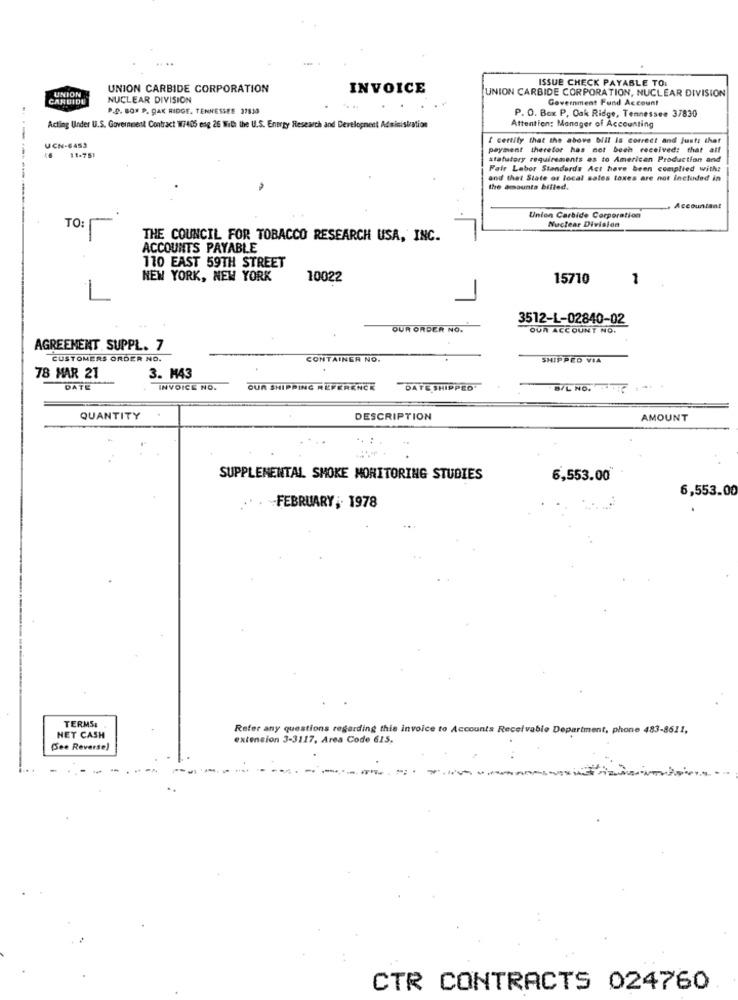
ISSUE CHECK PAYABLE TO:
UNION
UNION CARBIDE CORPORATION
INVOICE
CARDIDE
NUCLEAR DIVISION
UNION CARBIDE CORPORATION, NUCLEAR DIVISION
Government Fund Account
P.O. BOX P. OAK RIDGE, TENNESSEE 37830
.. .
P. O. Box P, Oak Ridge, Tennessee 37830
Acting Under U.S. Government Contract W/405 eng 26 With the U.S. Energy Research and Development Administration
Attention: Manager of Accounting
I certify that the above bill Is correct and Juste that
UCN-6453
payment therefor has not been received: that alf
11-751
statutory requirements as to American Production and
Fair Labor Standards Act have been complied with:
and that State of local sales taxes are not included in
the amounts billed.
Accountant
Union Carbide Corporation
Nuclear Division
TO:
THE COUNCIL FOR TOBACCO RESEARCH USA, INC.
ACCOUNTS PAYABLE
110 EAST 59TH STREET
NEW YORK, NEW YORK
10022
15710
1
1
3512-L-02840-02
OUR ORDER NO.
OUR ACCOUNT NO.
AGREEMENT SUPPL. 7
CUSTOMERS ORDER NO.
CONTAINER NO.
SHIPPED VIA
78 MAR 21
3. M43
DATE
INVOICE NO.
OUR SHIPPING REFERENER
DATE SHIPPED'
B/L NO.
QUANTITY
DESCRIPTION
AMOUNT
....
SUPPLEMENTAL SMOKE MONITORING STUDIES
6,553.00*
6,553.00
FEBRUARY ,. 1978
TERMS,
Refer any questions regarding this invoice to Accounts Receivable Department, phone 483-8611,
HET CASH
extension 3-3117, Area Code 615,
(See Reverse)
CTR CONTRACTS 024760